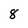
Character: 8